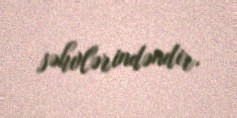
səhvlərindəndir.